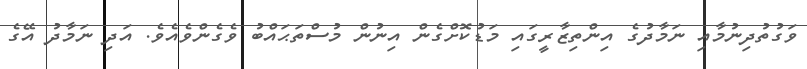
ވަގުތުދިނުމާއި ނަމާދުގެ އިންތިޒާރީގައި މަޑުކޮށްގެން އިނުން މުސްތަޙައްބު ވެގެންވެއެވެ. އަދި ނަމާދު އޭގެ